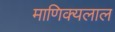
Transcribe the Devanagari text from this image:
माणिक्यलाल